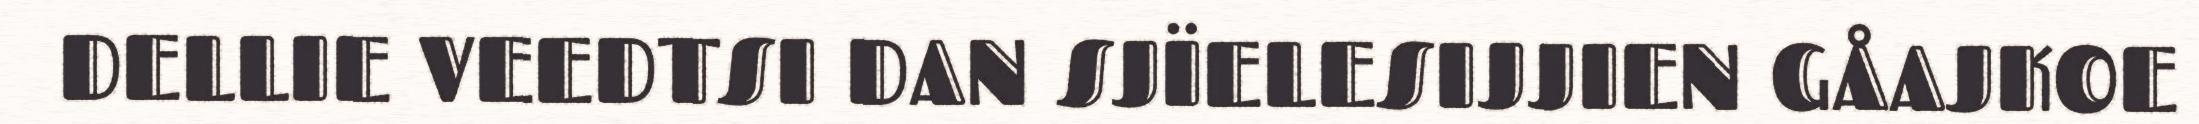
DELLIE VEEDTSI DAN SJÏELESIJJIEN GÅAJKOE